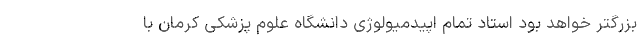
بزرگتر خواهد بود استاد تمام اپیدمیولوژی دانشگاه علوم پزشکی کرمان با